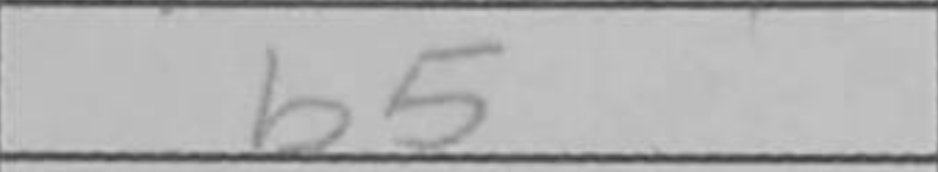
Transcription: b5